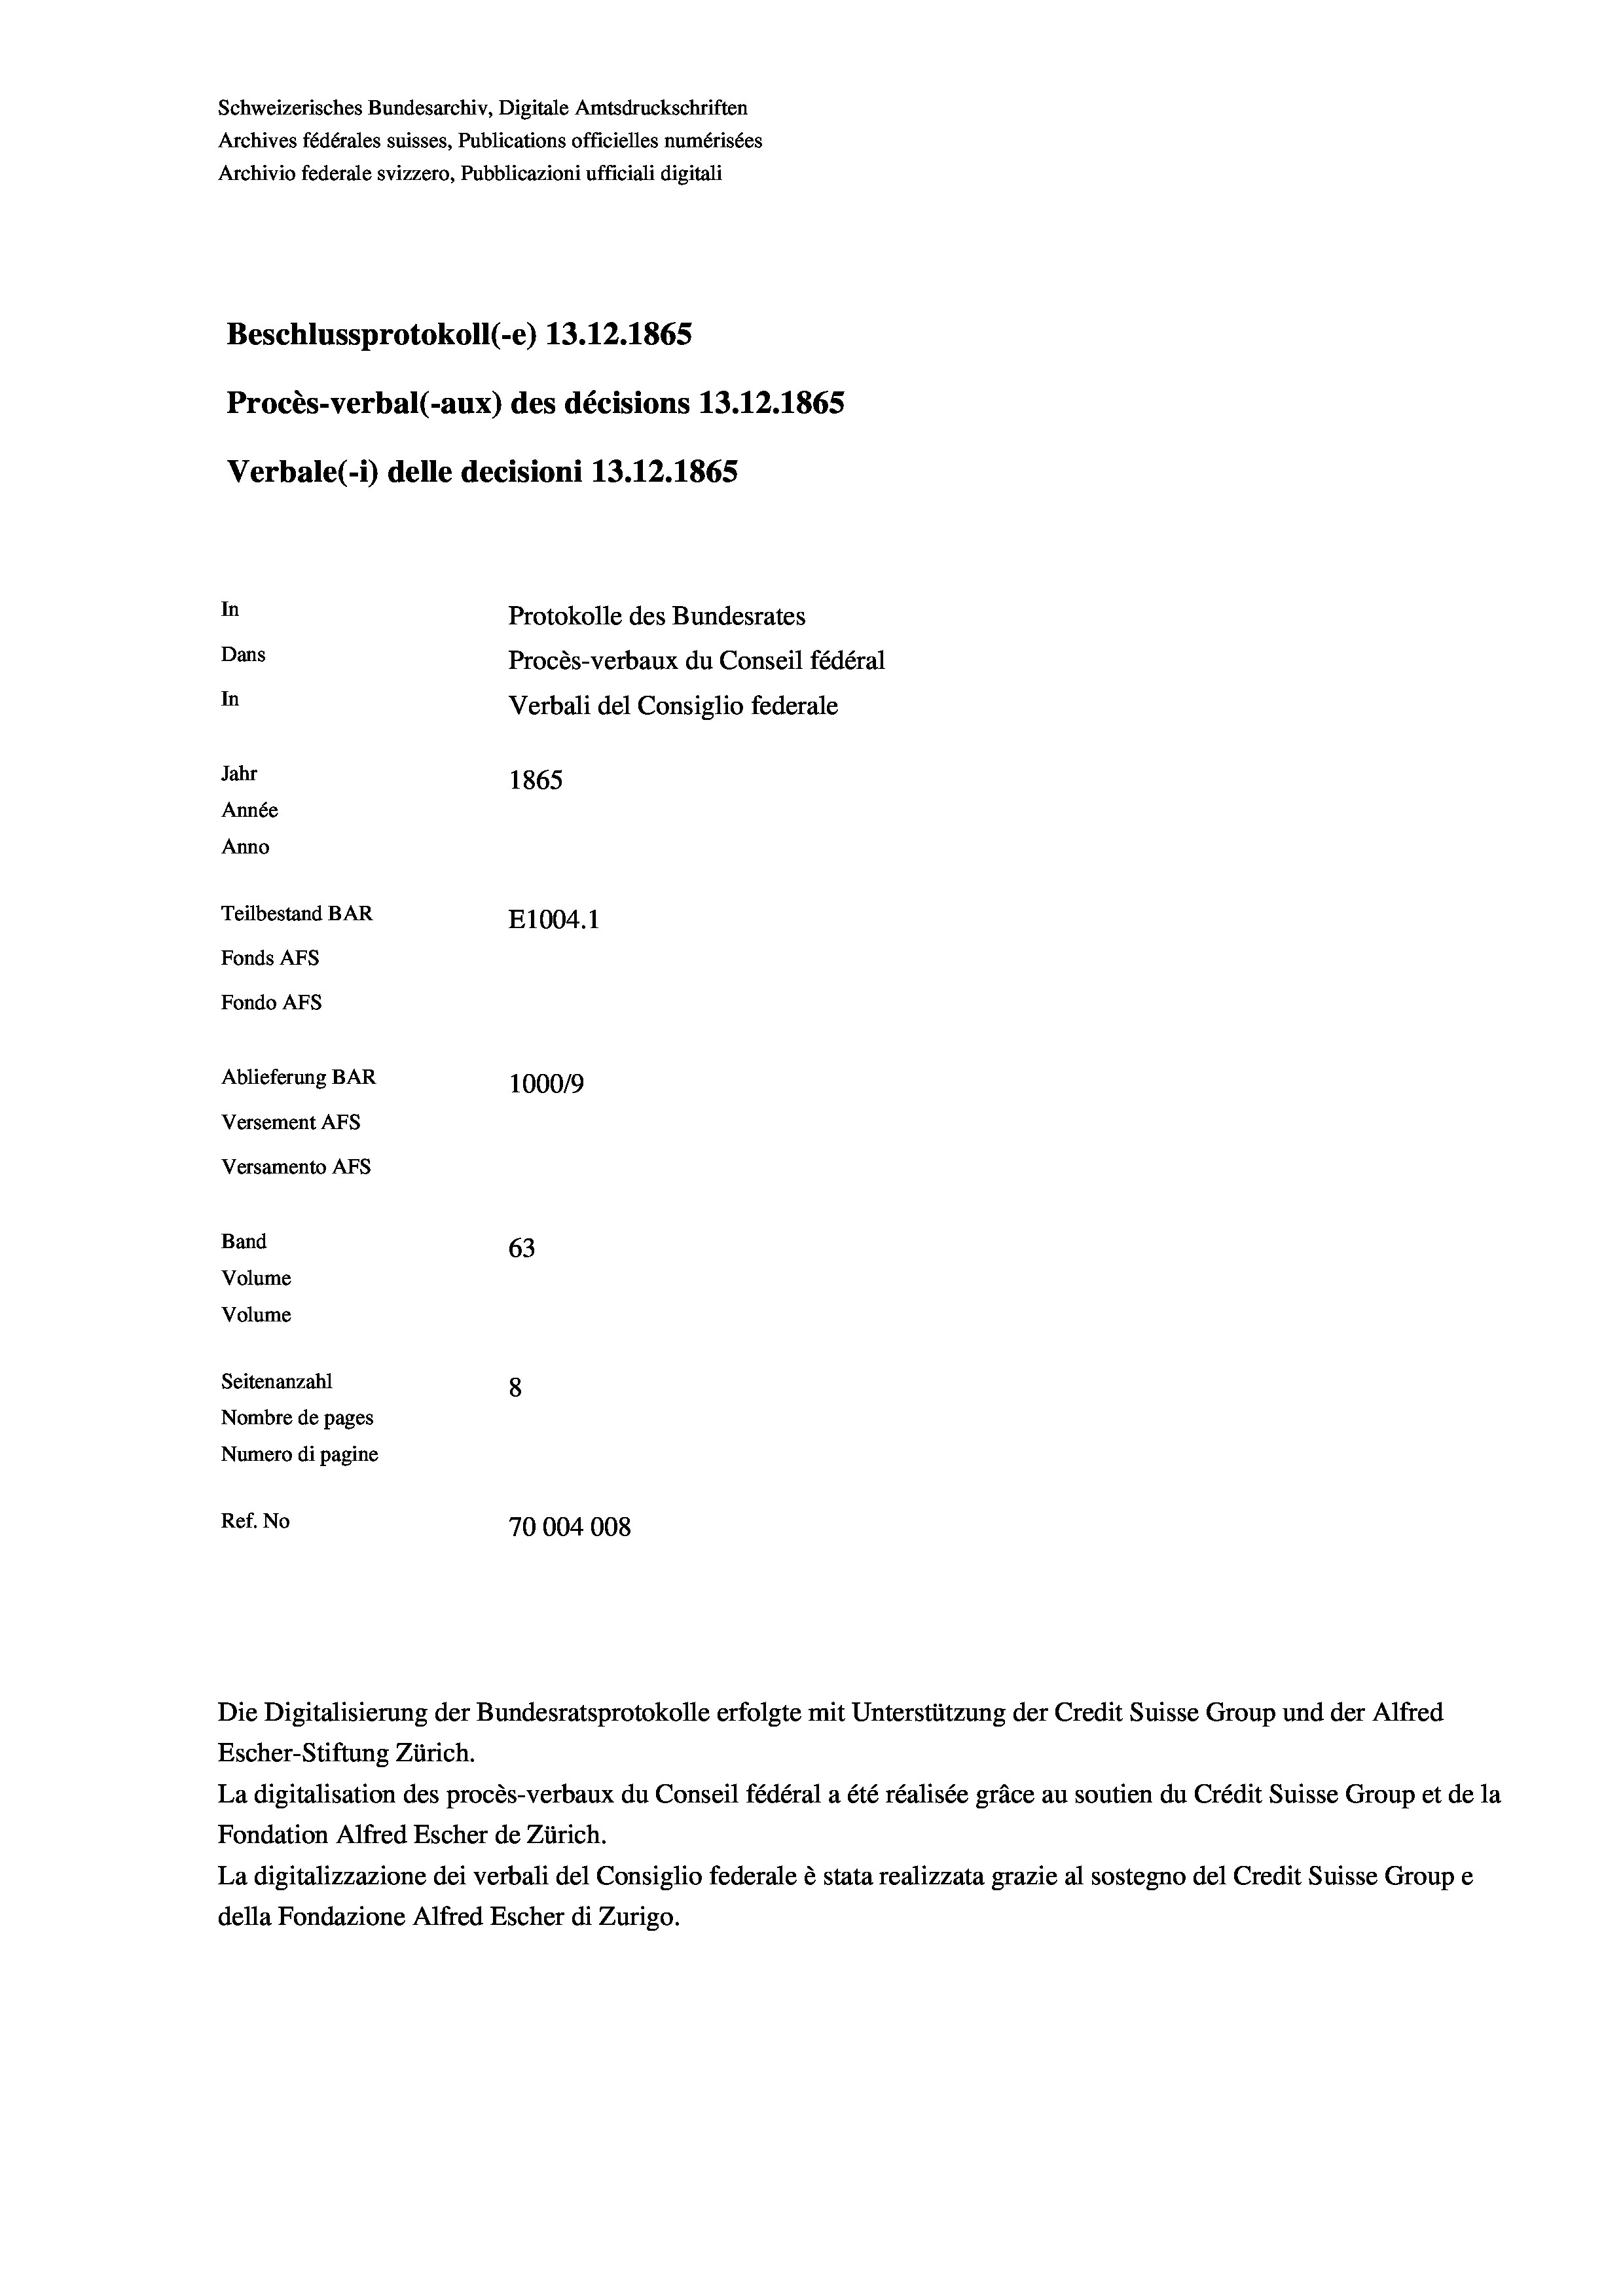
Schweizerisches Bundesarchiv, Digitale Amtsdruckschriften
Archives fédérales suisses, Publications officielles numérisées
Archivio federale svizzero, Pubblicazioni ufficiali digitali
Beschlussprotokoll (-e) 13.12.1865
Procès-verbal (-aux) des décisions 13.12.1865
Verbale (i) delle decisioni 13.12.1865
In
Protokolle des Bundesrates
Dans
Procès-verbaux du Conseil fédéral
In
Verbali del Consiglio federale
Jahr
1865
Année
Anno
Teilbestand BAR
E1004. 1
Fonds AFs
Fondo AFs
Ablieferung BAR
100019
Versement AFS

Versamento Afs
Band
Volume
Volume
Seitenanzahl

63
8
Nombre de pages
Numero di pagine
Ref. No
70004008

Die Digitalisierung der Bundesratsprotokolle erfolgte mit Unterstützung der Credit Suisse Group und der Alfred
Escher-Stiftung Zürich.
La digitalisation des procès-verbaux du Conseil fédéral a été réalisée gräce au soutien du Crédit Suisse Group et de la
Fondation Alfred Escher de Zürich.
La digitalizzazione dei verbali del Consiglio federale è stata realizzata grazie al sostegno del Credit Suisse Groupe
della Fondazione Alfred Escher di Zurigo.